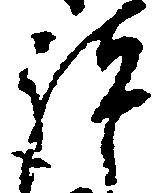
諸